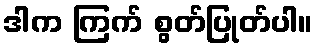
ဒါက ကြက် စွတ်ပြုတ်ပါ။